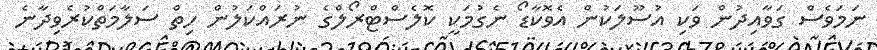
ނަމަވެސް ގަވާއިދުން ވަކި އުސޫލަކުން އެވޮކާޑޯ ނެގުމަކީ ކޮލެސްޓްރޯލްގެ ނުރައްކަލުން ހިތް ސަލާމަތްކުރެވިދާނެ